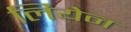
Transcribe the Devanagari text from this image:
लियेन